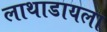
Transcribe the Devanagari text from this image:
लाथाडायला